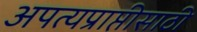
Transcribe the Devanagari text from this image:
अपत्यप्राप्तीसाठी